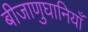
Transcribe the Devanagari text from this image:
बीजाणुघानियाँ